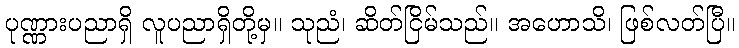
ပုဏ္ဏားပညာရှိ လူပညာရှိတို့မှ။ သုညံ၊ ဆိတ်ငြိမ်သည်။ အဟောသိ၊ ဖြစ်လတ်ပြီ။